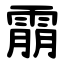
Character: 䨜